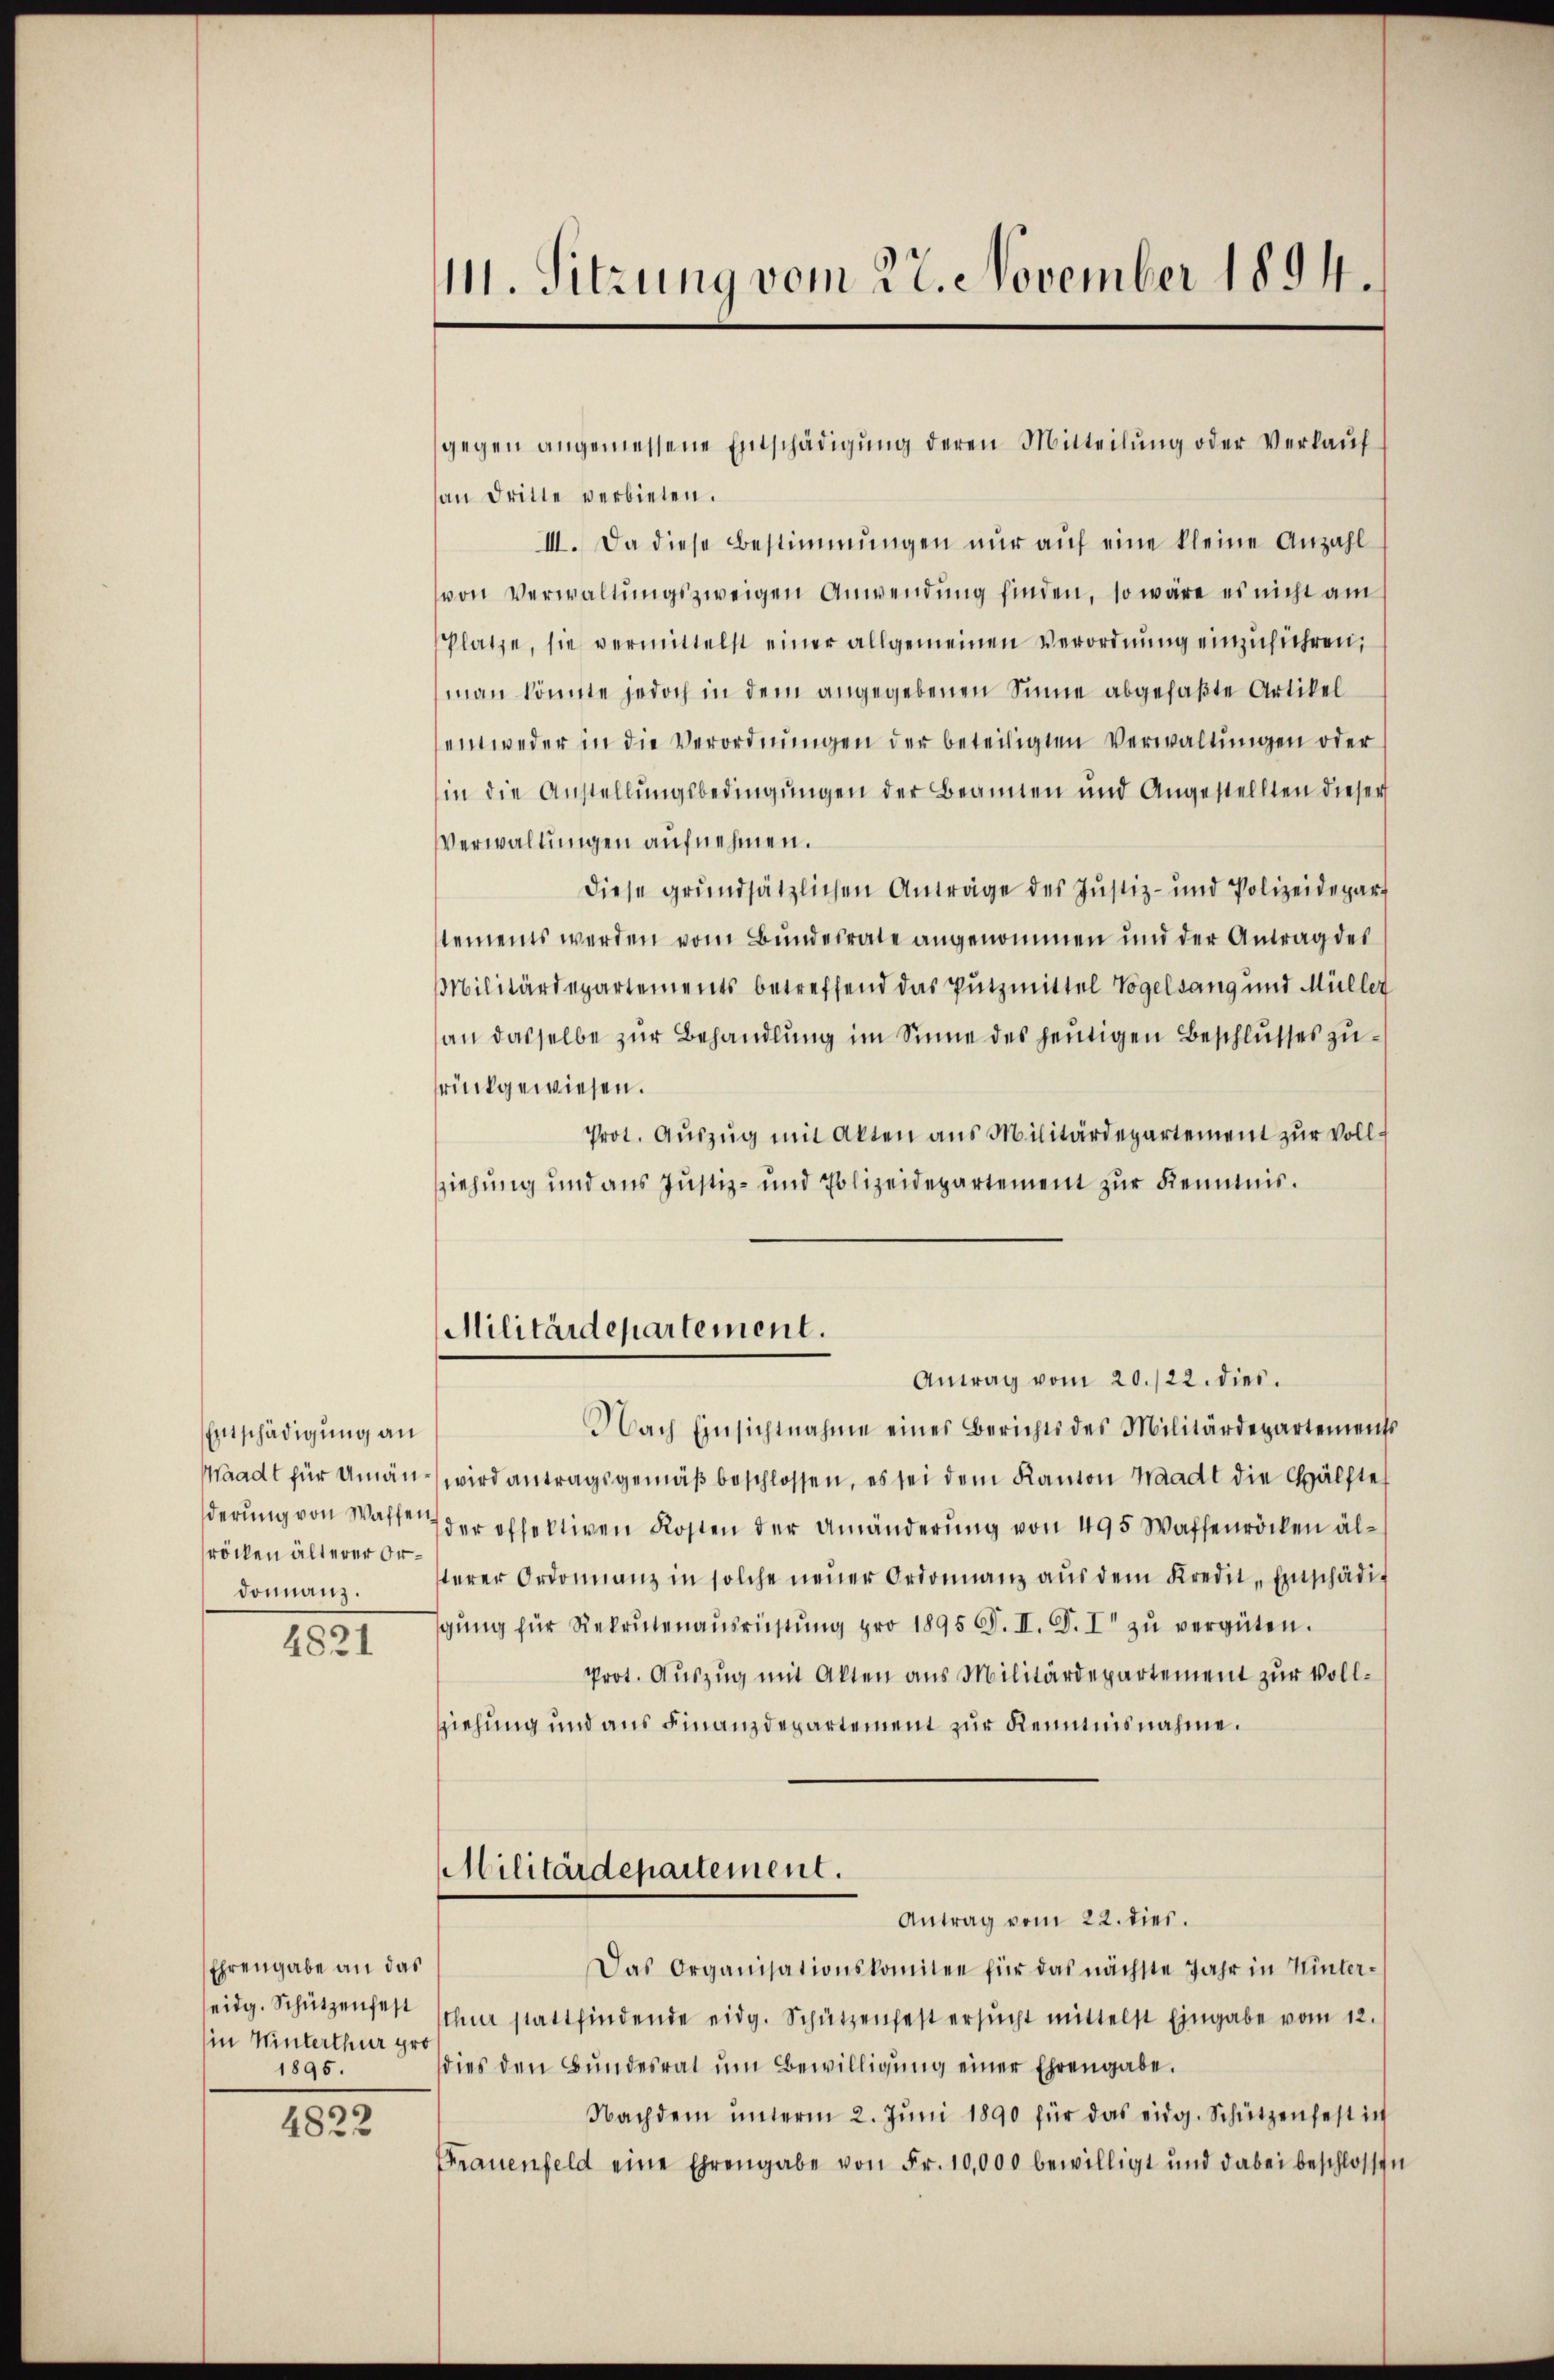
Entschädigung an
röcken älterer Ordonnanz.

4821

Ehrengabe an das
in Winterthur gro
1895.

4822

111. Sitzung vom 22. November 1894.

gegen angemessene Entschädigung deren Mitteilung oder Verkauf
an Dritte verbieten.
III. Da diese Bestimmungen nur auf eine kleine Anzahl
von Verwaltungszweigen Anwendung finden, so wäre es nicht am
Platze, sie vermittelst einer allgemeinen Verordnŭng einzuführen,
man könnte jedoch in dem angegebenen Sinne abgefaßte Artikel
entweder in die Verordnŭngen der beteiligten Verwaltungen oder
in die Anstellungsbedingungen der Beannen und Angestellten dieser
Verwaltungen aufnehmen.
diese grundsätzlichen Anträge des Justiz- und Polizeidepart
tements werden vom Bunderrate angenommen und der Antrag des
Militärdepartements betreffend das Putzmittel Vogelsang und Müller
an dasselbe zur Behandlung im Sinne des heutigen Beschlusses zurückgewiesen.
Prot. Aŭszŭg mit Akten aus Militärdepartement zur Vollsziehung und aus Justiz- und Polizeidepartement zur Kenntnis.
Militärdepartement.
Antrag vom 20./22. dies.
Nach Einsichtnahme eines Berichts des Militärdepartements
Waadt für Umän wird antragsgemäß beschlossen, es sei dem Kanton Waadt die Hälfte
derŭng von Walte der offektiven Kosten der Umänderung von 495 Waffenröcken alterer Ordonnanz in solche neuer Ordonnanz aus dem Kredit, Einschädig
gŭng für Rekrutenaŭsrichtŭng pro 1895 F. II. F. I zŭ vergüten.
Prot. Auszug mit Akten aus Militärdepartement zur Vollziehung und aus Finanzdepartement zur Kenntnisnahme.
Militärdepartement.
Antrag vom 22. dies.
Das Organisationskomitee für das nächste Jahr in Winter-
seidg. Schützenfest schnee stattfindende eidg. Schützenfest ersŭcht mittelst Eingabe vom 12.
dies den Bŭndesrat ŭm Bewilligŭng einer Ehrengabe.
Nachdem ŭnterm 2. Jŭni 1890 für das eidg. Schützenfest in
Frauenfeld eine Ehrengabe von Fr. 10,000 bewilligt und dabei beschlossen